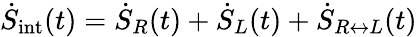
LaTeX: \dot{S}_{\mathrm{int}}(t)=\dot{S}_{R}(t)+\dot{S}_{L}(t)+\dot{S}_{R\leftrightarrow L}(t)